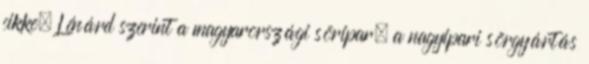
cikke. Lénárd szerint a magyarországi söripar, a nagyipari sörgyártás